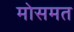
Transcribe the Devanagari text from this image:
मोसमत